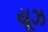
યૂઝ